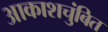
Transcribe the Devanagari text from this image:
आकाशचुंबित